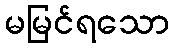
မမြင်ရသော